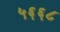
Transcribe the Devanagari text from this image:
५६६८